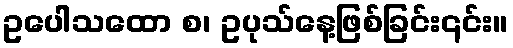
ဥပေါသထော စ၊ ဥပုသ်နေ့ဖြစ်ခြင်း၎င်း။